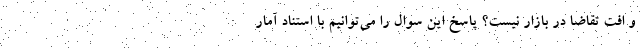
و افت تقاضا در بازار نیست؟ پاسخ این سوال را می‌توانیم با استناد آمار